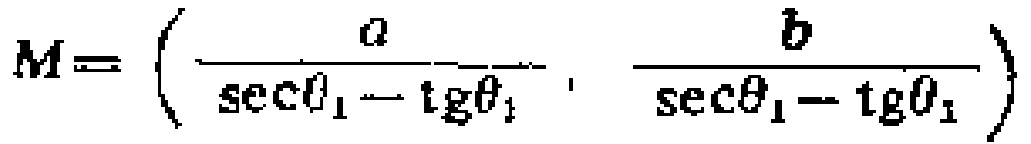
\[M = \left(\frac{a}{\sec\theta_1 - \tg\theta_1}, \frac{b}{\sec\theta_1 - \tg\theta_1}\right)\]